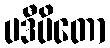
ပဒီပိတော